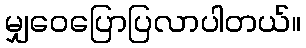
မျှဝေပြောပြလာပါတယ်။